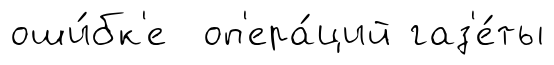
оши́бк'е оп'ера́ций газ'е́ты